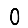
Digit: 0